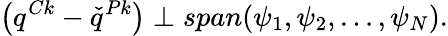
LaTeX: \left(q^{Ck}-\check{q}^{Pk}\right)\perp span(\psi_{1},\psi_{2},\ldots,\psi_{N}).